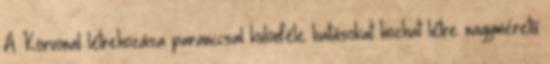
A Körvonal létrehozása paranccsal különféle hatásokat hozhat létre nagyméretű